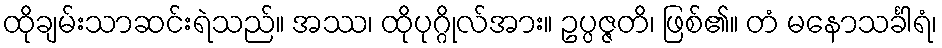
ထိုချမ်းသာဆင်းရဲသည်။ အဿ၊ ထိုပုဂ္ဂိုလ်အား။ ဥပ္ပဇ္ဇတိ၊ ဖြစ်၏။ တံ မနောသင်္ခါရံ၊